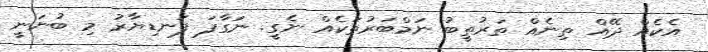
އެކެއް ދޭއް ތިނެއް ތަރުތީބު ނަމްބަރުތަކެއް ނެގީ. ނަގާފަ ފަނޑިޔާރު މި ބުނަނީ